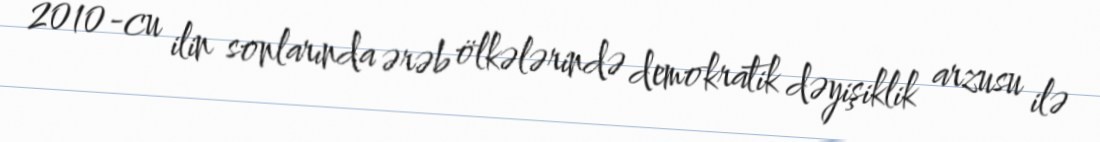
2010-cu ilin sonlarında ərəb ölkələrində demokratik dəyişiklik arzusu ilə